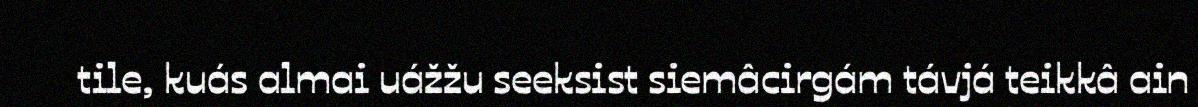
tile, kuás almai uážžu seeksist siemâcirgám távjá teikkâ ain